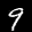
Label: 9